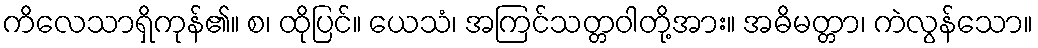
ကိလေသာရှိကုန်၏။ စ၊ ထိုပြင်။ ယေသံ၊ အကြင်သတ္တဝါတို့အား။ အဓိမတ္တာ၊ ကဲလွန်သော။